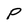
Character: P